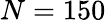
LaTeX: N=150